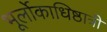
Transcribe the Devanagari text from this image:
भूर्लोकाधिष्ठात्रीं